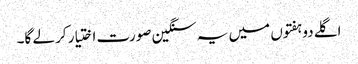
اگلے دو ہفتوں میں یہ سنگین صورت اختیار کر لے گا۔